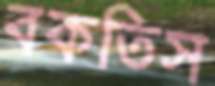
বকতিস